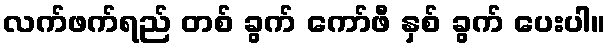
လက်ဖက်ရည် တစ် ခွက် ကော်ဖီ နှစ် ခွက် ပေးပါ။